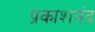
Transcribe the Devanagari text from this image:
प्रकाशनंद